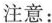
注意：